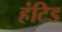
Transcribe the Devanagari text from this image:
हंटिड